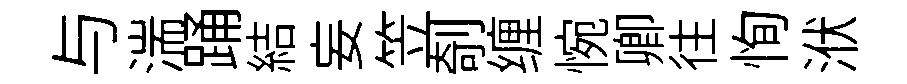
与湍踊結妄笠剞缠惋卿往恂洑